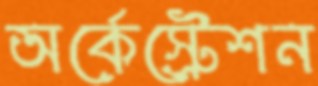
অর্কেস্ট্রেশন